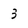
Character: 3